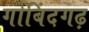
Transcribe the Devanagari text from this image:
गोबिंदगढ़